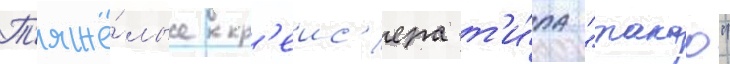
Т'яжё́лые кр'еис'ера т'и́па "такао"